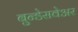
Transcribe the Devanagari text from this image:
बुन्डेसवेअर